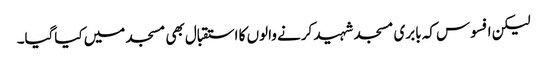
لیکن افسوس کہ بابری مسجد شہید کرنے والوں کا استقبال بھی مسجد میں کیاگیا۔